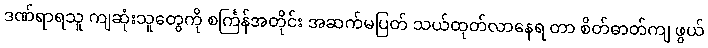
ဒဏ်ရာရသူ ကျဆုံးသူတွေကို စင်္ကြန်အတိုင်း အဆက်မပြတ် သယ်ထုတ်လာနေရ တာ စိတ်ဓာတ်ကျ ဖွယ်